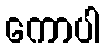
ကောပါ